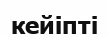
кейіпті